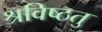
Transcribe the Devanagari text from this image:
श्रविष्ठतु